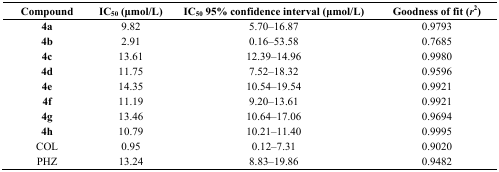
<table><thead><tr><td><b>Compound</b></td><td><b>IC<sub>50</sub> (μmol/L)</b></td><td><b>IC<sub>50</sub> 95% confidence interval (μmol/L)</b></td><td><b>Goodness of fit (<i>r</i><sup>2</sup>)</b></td></tr></thead><tbody><tr><td><b>4a</b></td><td>9.82</td><td>5.70–16.87</td><td>0.9793</td></tr><tr><td><b>4b</b></td><td>2.91</td><td>0.16–53.58</td><td>0.7685</td></tr><tr><td><b>4c</b></td><td>13.61</td><td>12.39–14.96</td><td>0.9980</td></tr><tr><td><b>4d</b></td><td>11.75</td><td>7.52–18.32</td><td>0.9596</td></tr><tr><td><b>4e</b></td><td>14.35</td><td>10.54–19.54</td><td>0.9921</td></tr><tr><td><b>4f</b></td><td>11.19</td><td>9.20–13.61</td><td>0.9921</td></tr><tr><td><b>4g</b></td><td>13.46</td><td>10.64–17.06</td><td>0.9694</td></tr><tr><td><b>4h</b></td><td>10.79</td><td>10.21–11.40</td><td>0.9995</td></tr><tr><td>COL</td><td>0.95</td><td>0.12–7.31</td><td>0.9020</td></tr><tr><td>PHZ</td><td>13.24</td><td>8.83–19.86</td><td>0.9482</td></tr></tbody></table>